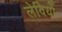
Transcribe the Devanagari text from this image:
लेवियों